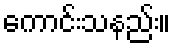
ကောင်းသနည်း။